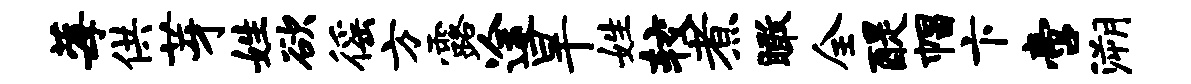
莓供芽姓欲徭方露途旱姓较煮瞰全醍帽卞啻溯